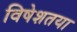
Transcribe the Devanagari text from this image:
विषेशतया